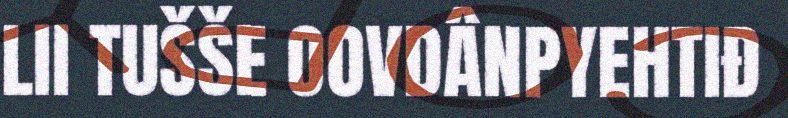
LII TUŠŠE OOVDÂNPYEHTIĐ